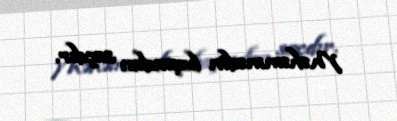
Məhəmmədin başından saçdır.